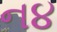
ન૪